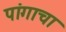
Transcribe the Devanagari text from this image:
पांगाचा